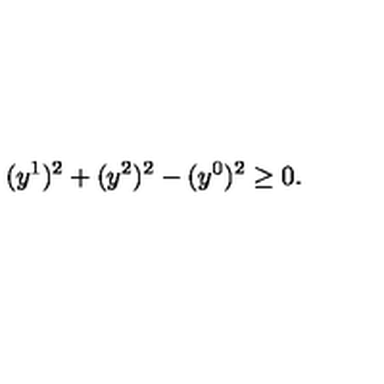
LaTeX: ( y ^ { 1 } ) ^ { 2 } + ( y ^ { 2 } ) ^ { 2 } - ( y ^ { 0 } ) ^ { 2 } \geq 0 .